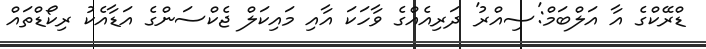
ޑްރޭކްގެ އާ އަލްބަމް:'ސިއްރު' ދަރިއެއްގެ ވާހަކަ އާއި މައިކަލް ޖެކްސަންގެ އަޑާއެކު ރިކޯޑްތައް